Report on the administration of the Government Cinchona Department 1892-98
Year: 1892
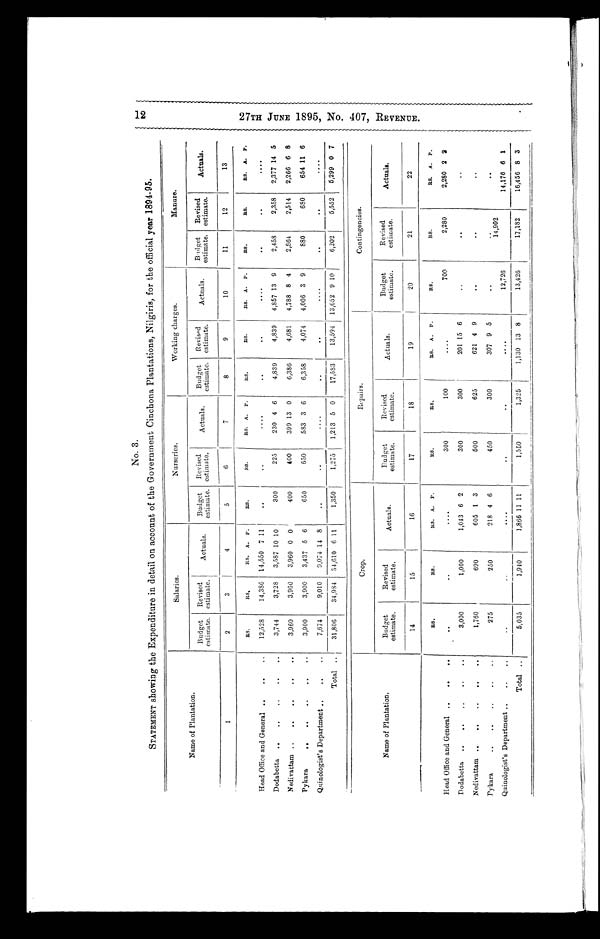
No. 3.
STATEMENT showing the Expenditure in detail on account of the Government Cinchona Plantations, Nilgiris, for the official year 1894-95.
Name of Plantation.
Salaries.
Nurseries.
Working charges.
Manure.
Budget
estimate.
Revised
estimate.
Act ual s.
Budget
estimate.
Revised
estimate.
Actuals.
Budget
estimate.
Revised
estimate.
Actuals.
Budget
estimate.
Revised
estimate.
Actuals.
1
2
3
4
5
6
7
8
9
10
11
12
13
RS.
RS.
RS. A. P.
Rs.
RS.
RS. A. P.
RS.
RS.
RS. A. P.
RS.
RS.
RS. A. P.
Head Office and General ..
..
..
12,528
14,386 14,550 7 11
..
. .
. . . .
. .
. .
. . . .
..
. .
. . . .
Dodabetta ..
..
..
..
..
3,744
3,728
3,587 10 10
300
225
230 4 6
4,839
4,839
4,857 13 9
2,458
2,358
2,377 14 5
Nedivattam ..
..
..
..
..
3,960
3,960
3,960 0 0
400
400
399 13 0
6,386
4,681
4,788 8 4
2 , 8 6 4 2,514
2,266 6 8
Pykara
..
..
..
..
..
3,900
3,900
3,437 5 6
650
650
583 3 6
6,358
4,074
4,006 3 9
880
680
654 11 6
Quinologist' s Department ..
..
..
7,674
9,010
9,074 14 8
. .
. .
. . . .
. .
..
.. ..
..
. .
. . . .
Total ..
31,806
34,984 34,610 6 11
1,350
1,275
1,213 5 0
17,583
13,594 13,652 9 10
6,202
5,552
5,299 0 7
Name of Plantation.
Crop.
Repairs.
Contingencies.
Budget
estimate.
Revised.
estimate.
A c t u a l s .
Budget
estimate.
Revised
estimate.
Actuals.
Budget
estimate.
Revised
estimate.
A c t u a l s
14
15
16
17
18
19
20
21
22
RS.
RS.
RS. A. P.
RS.
R S .
RS. A. P.
RS.
R S . RS. A. P .
Head Office and General ..
..
..
..
..
. .
.
300
100
. .
700
2,280
2,280 2 2
Dodabetta ..
..
..
..
..
3,000
1,000
1,043 6 2
300
300
201 15 6
..
. .
.. ..
Nedivattam ..
..
..
..
..
1,760
690
605 1 3
500
625
621 4
..
..
. . . .
Pykara
275
250
218 4 6
450
300
307 9
. .
..
. .
Quinologist's Department ..
..
..
..
..
.. ..
. .
. .
.. ..
12,726
14,902
14,176 6 1
Total ..
5,035
1,940
1,866 11 11
1,550
1,325
1,130 13 8
13,426
17,182
16,456 8 3